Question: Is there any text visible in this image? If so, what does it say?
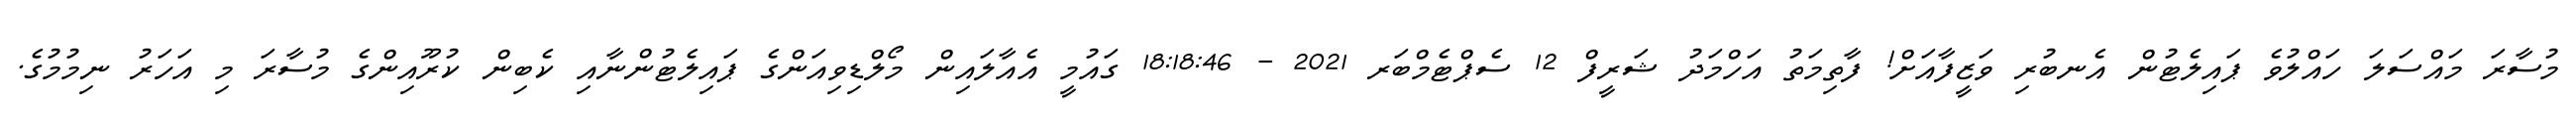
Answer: މުސާރަ މައްސަލަ ހައްލުވެ ޕައިލެޓުން އެނބުރި ވަޒީފާއަށް! ފާތިމަތު އަހްމަދު ޝަރީފް 12 ސެޕްޓެމްބަރ 2021 - 18:18:46 ގައުމީ އެއާލައިން މޯލްޑިވިއަންގެ ޕައިލެޓުންނާއި ކެބިން ކުރޫއިންގެ މުސާރަ މި އަހަރު ނިމުމުގެ.